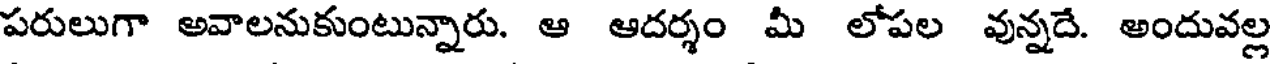
పరులుగా అవాలనుకుంటున్నారు. ఆ ఆదర్శం మీ లోపల వున్నదే. అందువల్ల